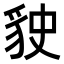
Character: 𧲬